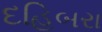
દહિબરા